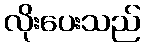
လိုးပေးသည်